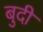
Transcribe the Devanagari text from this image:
बुदी